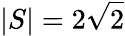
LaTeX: |S|=2{\sqrt{2}}